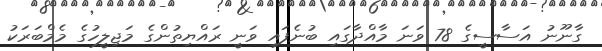
ގާނޫނު އަސާސީގެ 78 ވަނަ މާއްދާގައި ބުނެފައި ވަނީ ރައްޔިތުންގެ މަޖިލީހުގެ މެމްބަރަކު